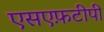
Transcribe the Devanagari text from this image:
एसएफ़टीपी